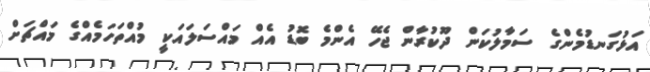
އަޅުގަނޑުމެންގެ ސަމާލުކަން ދޫކުރާން ޖެހޭ އެންމެ ބޮޑު އެއް މައްސަލައަކީ މުއްތަހަމެއްގެ މައްޗަށް